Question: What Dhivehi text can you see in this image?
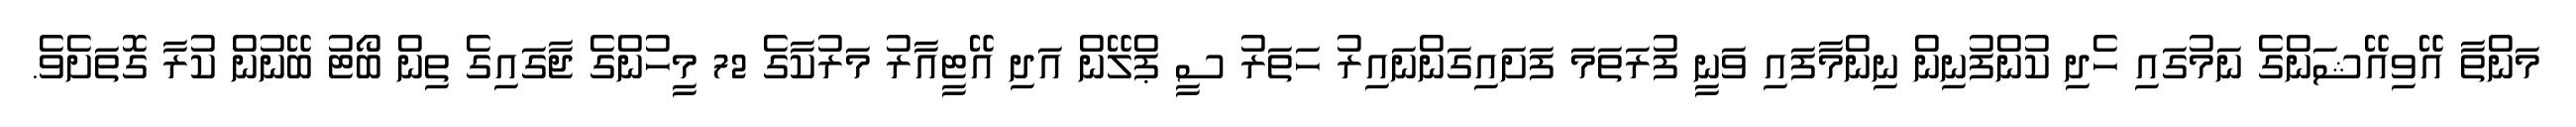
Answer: މަންތާ އޭވިއޭޝަންގެ ނަމުގައި ހެދި ކުންފުނިން ނިންމާފައި ވަނީ ފުރަތަމަ ފަށައިގަންނައިރު ހަތަރު ސީ ޕްލޭން އަދި އޭޓީއާރު މަރުކާގެ 72 މީހުންގެ ޖާގައިގެ ތިން ބޯޓު ބޭނުން ކުރާ ގޮތަށެވެ.